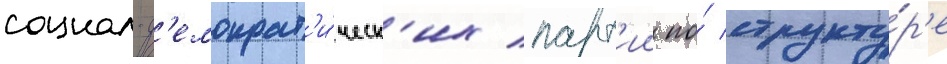
социал-д'емократ'и́ческ'их парт'ии по́ структу́р'е